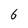
Character: 6